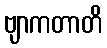
ဗျာကတာတိ